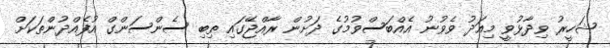
ޝަހީރު ވިދާޅުވީ މިއަދު ވެވުނު އެއްބަސްވުމުގެ ދަށުން ރާއްޖޭގައި ތިބި ސެންސަންގް އުފެއްދުންތަކަށް